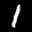
Label: 1